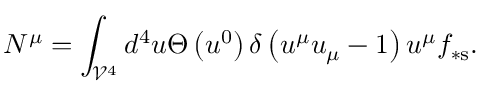
N ^ { \mu } = \int _ { \mathcal { V } ^ { 4 } } d ^ { 4 } u \Theta \left( u ^ { 0 } \right) \delta \left( u ^ { \mu } u _ { \mu } - 1 \right) u ^ { \mu } f _ { \ast \mathrm { s } } .